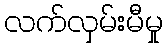
လက်လှမ်းမီမှု